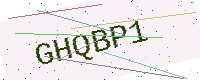
Text: GHQBP1